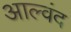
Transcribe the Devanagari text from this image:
आल्वंद